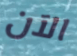
الآن